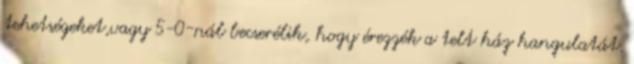
tehetségeket,vagy 5-0-nál becserélik, hogy érezzék a telt ház hangulatát.